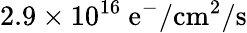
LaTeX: \mathrm{2.9\times 10^{16}~e^{-}/cm^{2}/s}